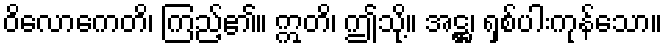
ဝိလောကေတိ၊ ကြည့်၏။ ဣတိ၊ ဤသို့။ အဋ္ဌ၊ ရှစ်ပါးကုန်သော။